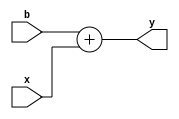
module BCD_xs3 (b,x,y);
  input [7:0] b;
  input [7:0] x;
  output  reg [7:0]y;

always @(*) begin
  
y = b + x;
  
end
  
endmodule